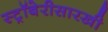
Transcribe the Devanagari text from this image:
स्ट्रॉबेरीसारखी